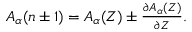
\begin{array} { r } { A _ { \alpha } ( n \pm 1 ) = A _ { \alpha } ( Z ) \pm \frac { \partial A _ { \alpha } ( Z ) } { \partial Z } . } \end{array}